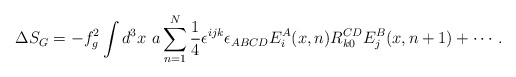
\begin{align*}\Delta S_{G} = -f_{g}^{2} \int d^{3}x ~a\sum_{n=1}^{N} \frac{1}{4}\epsilon^{ijk}\epsilon_{ABCD}E^{A}_{i}(x, n)R^{CD}_{k0}E^{B}_{j}(x, n+1) +\cdots.\end{align*}